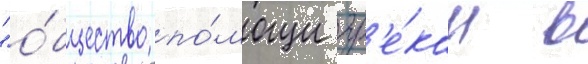
"о́бщество по́мощи гр'е́кам в